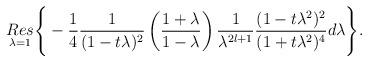
LaTeX: \begin{align*}\underset{\lambda=1}{Res}\Bigg\{ -\frac{1}{4}\frac{1}{(1-t\lambda)^{2}} \left(\frac{1+\lambda}{1-\lambda}\right)\frac{1}{\lambda^{2l+1}}\frac{(1-t\lambda^{2})^{2}}{(1+t\lambda^{2})^{4}}d\lambda\Bigg\}.\end{align*}